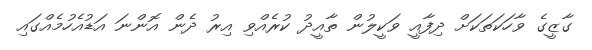
ގާޒީގެ ވާހަކަތަކަށް ދިފާއީ ވަކީލުން ތާއީދު ކުރެއްވި އިރު ދެން އޮންނަ އަޑުއެހުމެއްގައި